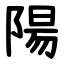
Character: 陽